Sanitation, dispensaries and jails vaccination Rajputana 1922-1927 - 1922-1927
Year: 1922
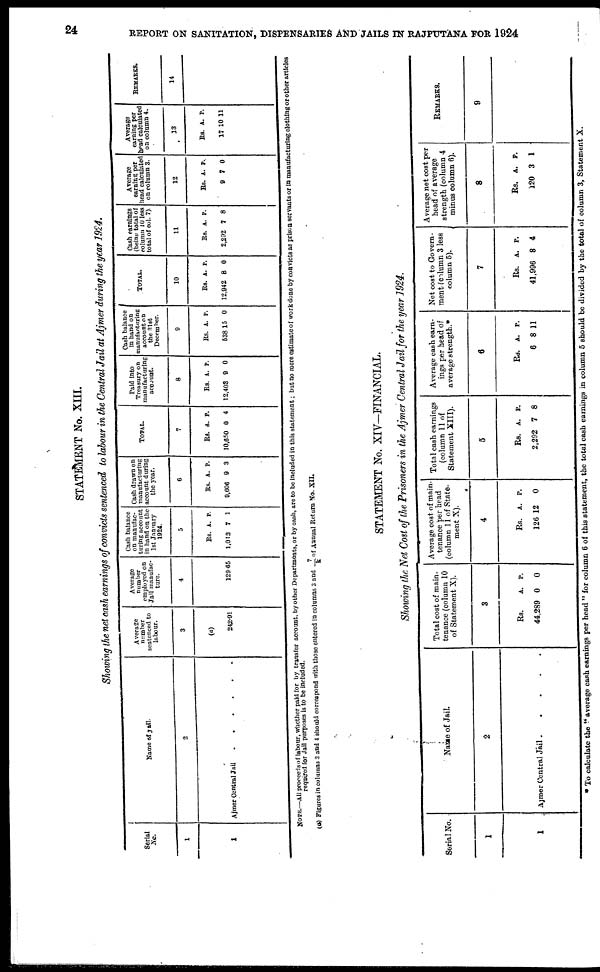
24
REPORT ON SANITATION, DISPENSARIES AND JAILS IN RAJPUTANA FOR 1924
STATEMENT No. XIII.
Showing the net cash earnings of convicts sentenced to labour in the Central Jail at Ajmer during the year 1924.
Serial
No.
1
1
Name of Jail.
2
Ajmer Central Jail ......
Average
number
sentenced to
labour.
3
(a)
242.91
Average
number
employed on
Jail manufac-
ture.
4
129.65
Cash balance
on manufac-
turing account
in hand on the
1st January
1924.
5
Rs.
1,013
A.
7
P.
1
Cash drawn on
manufacturing
account during
the year.
6
Rs.
9,606
A.
9
P.
3
TOTAL .
7
Rs.
10,650
A.
0
P.
4
Paid into
Treasury on
manufacturing
account.
8
Rs.
12,403
A.
9
P.
0
Cash balance
in hand on
manufacturing
account on
the 31st
December.
9
Rs.
538
A.
15
P.
0
TOTAL .
10
RS.
12,942
A.
8
P.
0
Cash earnings
(being total of
column 10 less
total of col. 7).
11
Rs.
2,292
A.
7
P.
8
Average
earning per
head calculated
on column 3.
12
Rs.
9
A.
7
P.
0
Average
earning per
bead calculated
on column 4.
13
Rs.
17
A.
10
P.
11
REMARKS.
14
NOTE.—All proceeds of labour, whether paid for by transfer account, by other Departments, or by cash, are to be included in this statement; but no mere estimate of work done by convicts as prison servants or in manufacturing clothing or other articles
required for Jail purposes is to be included.
(a) Figures in columns 3 and 4 should correspond with those entered in columns 3 and 7/K of Annual Return No. XII.
STATEMENT No. XIV—FINANCIAL.
Showing the Net Cost of the Prisoners in the Ajmer Central Jail for the year 1924.
Serial No.
1
1
Name of Jail
2
Ajmer Central Jail
Total cost of main-
tenance (column 10
of Statement X).
3
Rs.
44,289
A.
0
P.
0
Average cost of main-
tenance per head
(column 11 of State-
ment X).
4
Rs.
126
A.
12
P.
0
Total cash earnings
(column 11 of
Statement XIII).
5
Rs.
2,292
A.
7
P.
8
Average cash earn-
ings per head of
average strength.*
6
Rs.
6
A.
8
P.
11
Net cost to Govern-
ment (column 3 less
column 5).
7
Rs.
41,996
A.
8
P.
4
Average net cost per
head of average
strength (column 4
minus column 6).
8
Rs.
120
A.
3
P.
1
REMARKS.
9
* To calculate the " average cash earnings per head " for column 6 of this statement, the total cash earnings in column 5 should be divided by the total of column 3, Statement X.